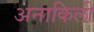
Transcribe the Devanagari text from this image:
अनाकिली